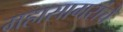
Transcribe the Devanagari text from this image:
महासागरांचे